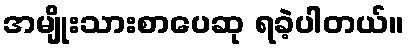
အမျိုးသားစာပေဆု ရခဲ့ပါတယ်။